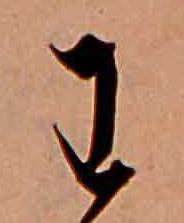
わ